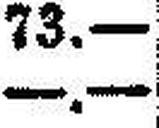
—.—